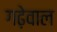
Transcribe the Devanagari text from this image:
गढ़ेवाल